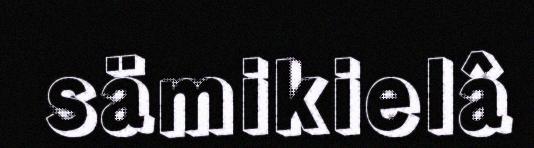
sämikielâ